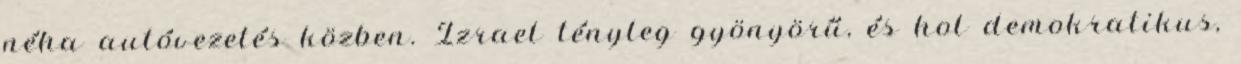
néha autóvezetés közben. Izrael tényleg gyönyörű, és hol demokratikus,